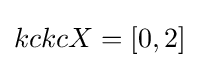
kckcX=[0,2]